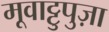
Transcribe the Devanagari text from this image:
मूवाट्टुपुज़ा